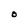
Character: O